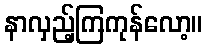
နာလှည့်ကြကုန်လော့။